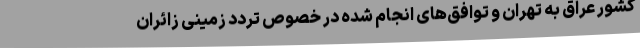
کشور عراق به تهران و توافق‌های انجام شده در خصوص تردد زمینی زائران